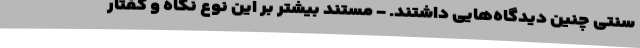
سنتی چنین دیدگاه‌هایی داشتند. - مستند بیشتر بر این نوع نگاه و گفتار